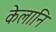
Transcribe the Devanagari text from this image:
केलानि